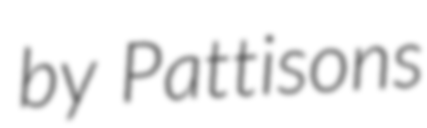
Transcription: by Pattisons